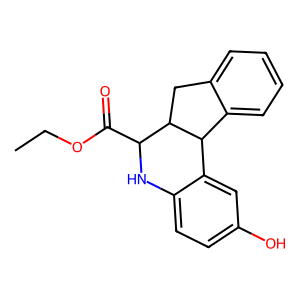
SMILES: CCOC(=O)C1Nc2ccc(O)cc2C2c3ccccc3CC12
Inhibits HIV replication: No